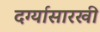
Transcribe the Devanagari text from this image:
दर्ग्यासारखी